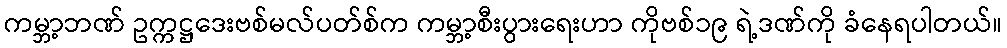
ကမ္ဘာ့ဘဏ် ဥက္ကဋ္ဌဒေးဗစ်မလ်ပတ်စ်က ကမ္ဘာ့စီးပွားရေးဟာ ကိုဗစ်၁၉ ရဲ့ဒဏ်ကို ခံနေရပါတယ်။